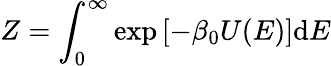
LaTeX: Z=\int_{0}^{\infty}\exp\left[-\beta_{0}U(E)\right]\mathrm{d}E